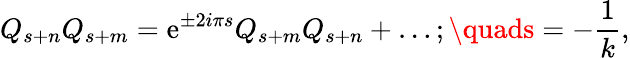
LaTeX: Q_{s+n}Q_{s+m}=\mathrm{e}^{\pm2i{\pi}s}Q_{s+m}Q_{s+n}+\ldots;\quads={-{\frac{{1}}{{k}}}},